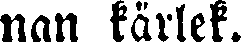
nan kärlek.